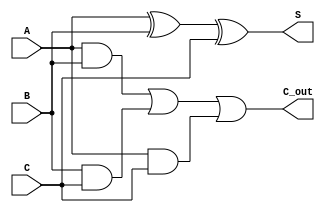
module CSA_8bit (
    input  [7:0] A,
    input  [7:0] B,
    input  [7:0] C,
    output [7:0] S,
    output [7:0] C_out
);
    // Carry Save Adder logic
    assign S = A ^ B ^ C;         // Sum output
    assign C_out = (A & B) | (B & C) | (A & C); // Carry output
endmodule